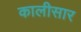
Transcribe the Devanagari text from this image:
कालीसार